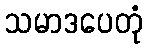
သမာဒပေတုံ